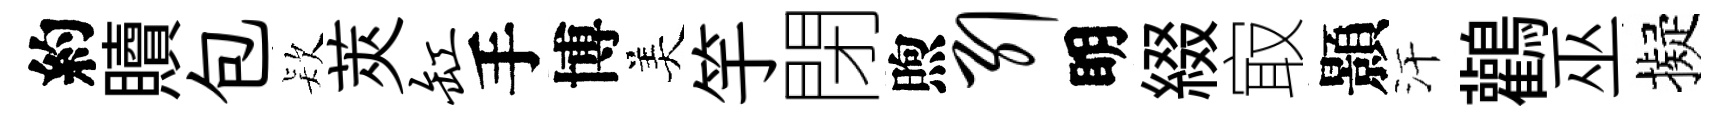
約贖包𣣇莢缸手博美竽閉煦引眀綴㝡顥汗鸛巫擬